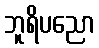
ဘူရိပညော